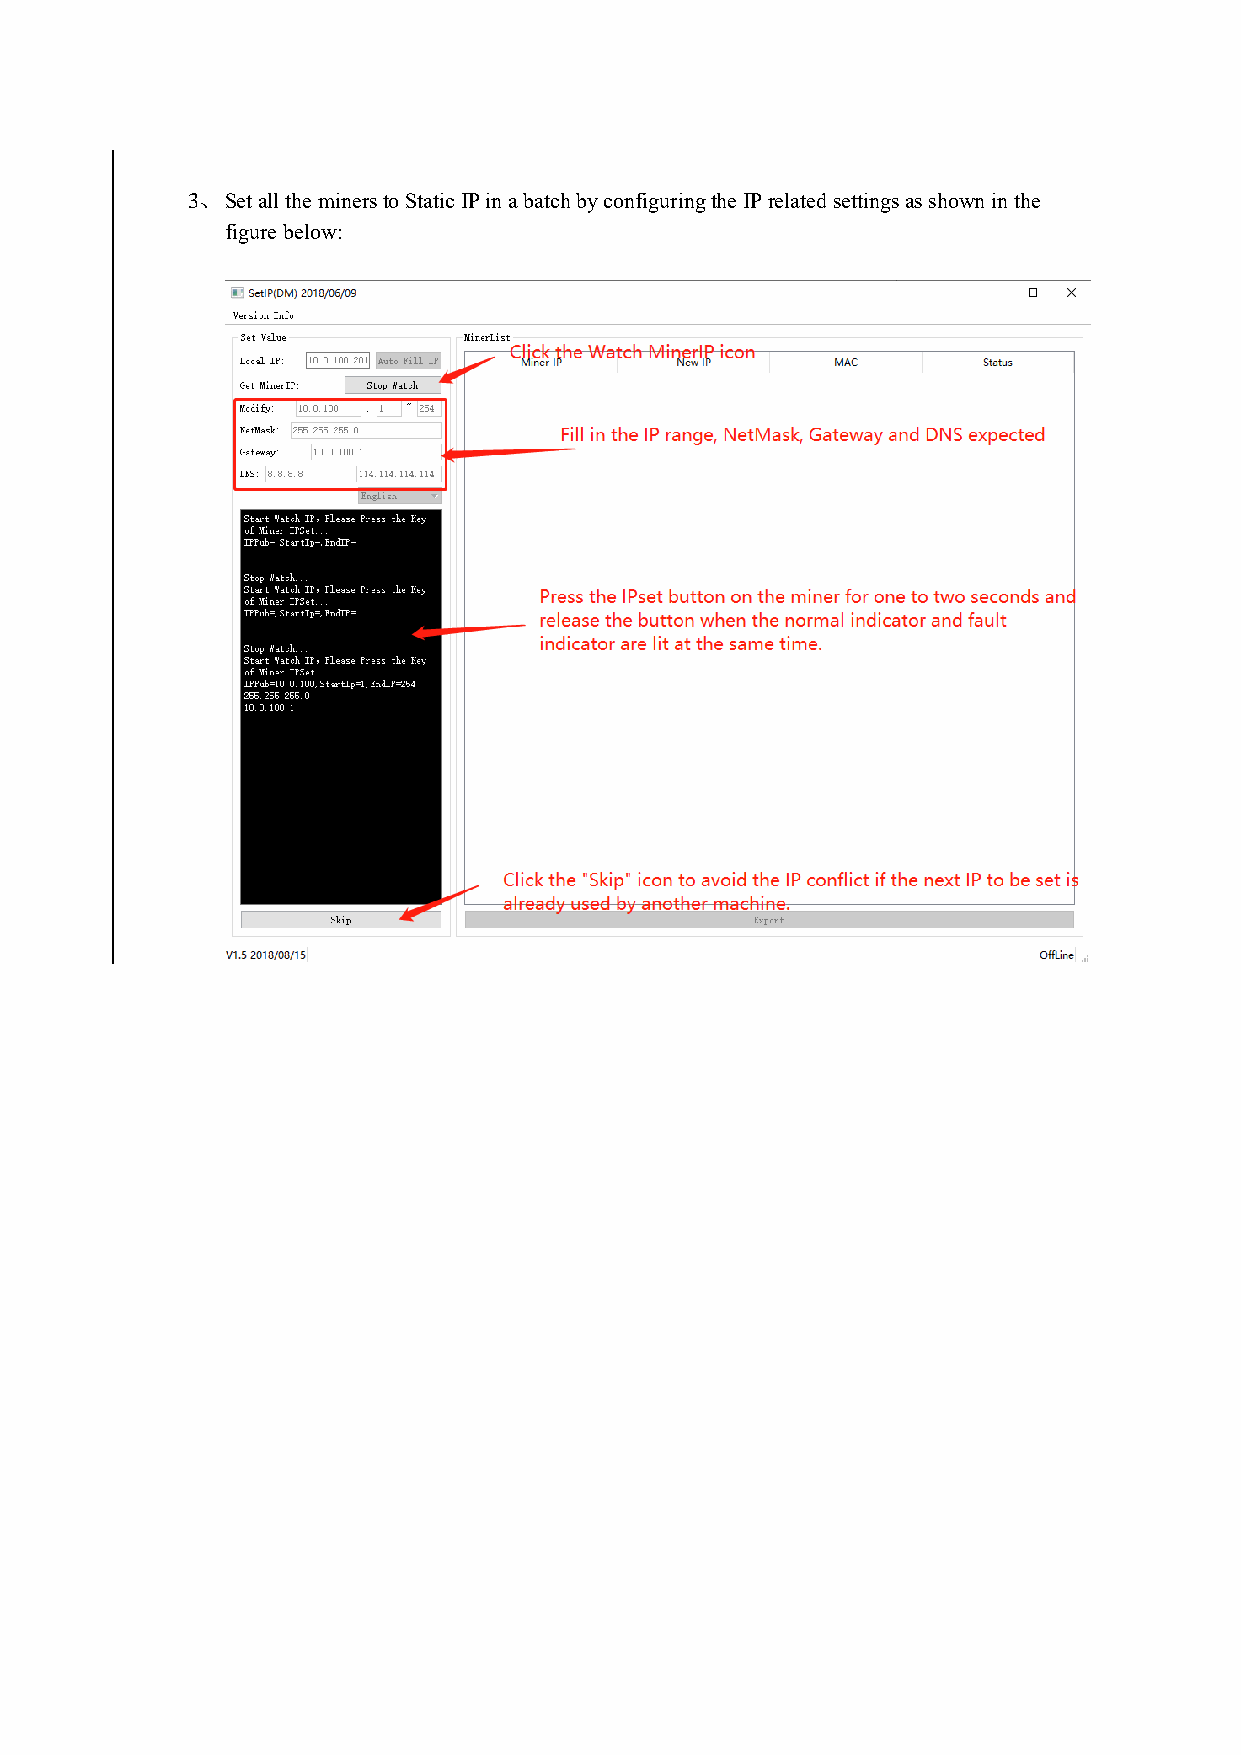
3、 Set all the miners to Static IP in a batch by configuring the IP related settings as shown in the
 figure below: